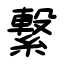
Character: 繋